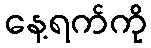
နေ့ရက်ကို